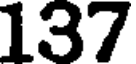
137